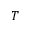
T